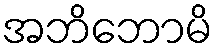
အဘိဘောမိ